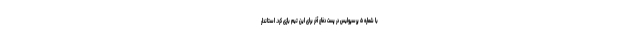
با شماره ۵ پرسپولیس در پست دفاع آخر برای این تیم بازی کرد. استاندار